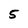
Character: 5